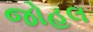
જોહલ